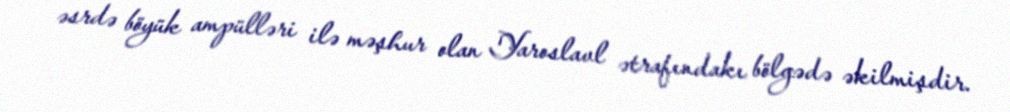
əsrdə böyük ampülləri ilə məşhur olan Yaroslavl ətrafındakı bölgədə əkilmişdir.